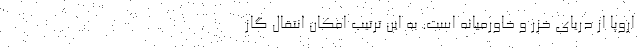
اروپا از دریای خزر و خاورمیانه است. به این ترتیب امکان انتقال گاز